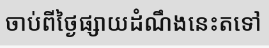
ចាប់ពីថ្ងៃផ្សាយដំណឹងនេះតទៅ